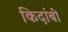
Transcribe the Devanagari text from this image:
किदांबी